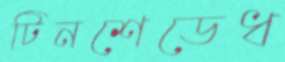
টিনশেডেধ